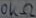
Text: 10KΩ